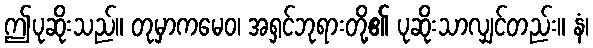
ဤပုဆိုးသည်။ တုမှာကမေဝ၊ အရှင်ဘုရားတို့၏ ပုဆိုးသာလျှင်တည်း။ နံ၊